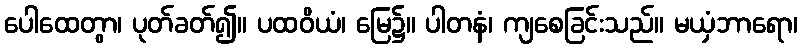
ပေါထေတွာ၊ ပုတ်ခတ်၍။ ပထဝိယံ၊ မြေ၌။ ပါတနံ၊ ကျစေခြင်းသည်။ မယှံဘာရော၊